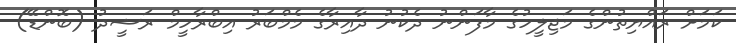
ކަމަށް ރައްޔިތުންގެ މަޖިލީހުގެ މާފަންނު ދެކުނު ދާއިރާގެ މެމްބަރު އިބްރާހީމް ރަޝީދު (ބޮންޑޭ)